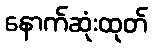
နောက်ဆုံးထုတ်